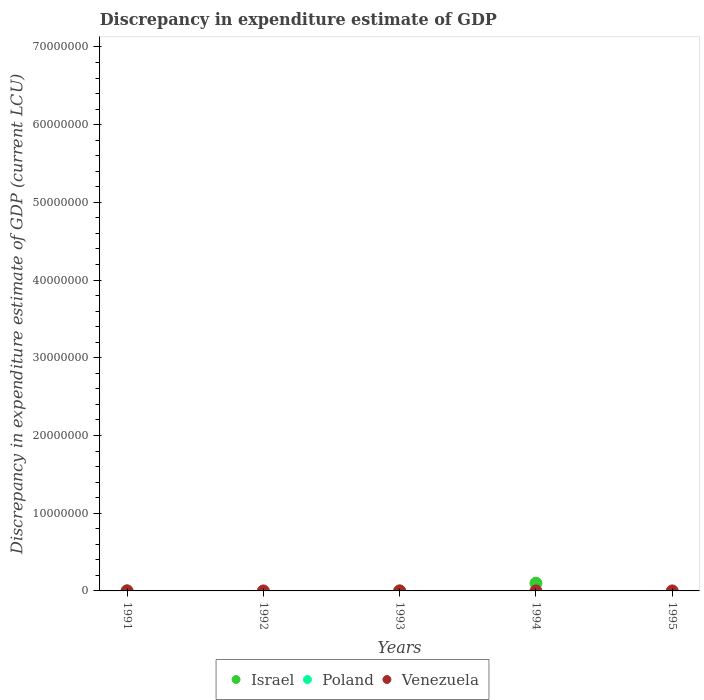
| Years | Israel | Poland | Venezuela |
 | --- | --- | --- | --- |
 | 1991 | 4.1e+03 | -1.12e+09 | -9.97e-05 |
 | 1992 | -1e+06 | -1.29e+09 | 0.0002 |
 | 1993 | -1.23e+04 | -1.41e+09 | -2.9e-07 |
 | 1994 | 9.95e+05 | -4.57e+08 | 5.4e-07 |
 | 1995 | -1e+06 | -3.12e+08 | -9.92e-05 |